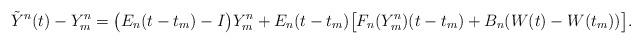
LaTeX: \begin{align*}\tilde{Y}^{n}(t) - Y^{n}_m = \big( E_n( t - t_m) - I \big) Y^{n}_m + E_n( t - t_m) \big[F_n (Y_m^{n}) (t-t_m) + B_n ( W(t) - W(t_m) ) \big].\end{align*}